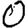
Digit: 0